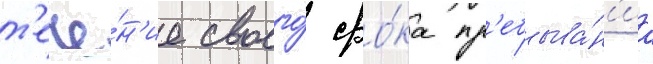
т'ече́н'ие своего́ сро́ка пр'ебыва́н'иа